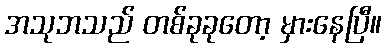
အသုဘသည် တစ်ခုခုတော့ မှားနေပြီ။